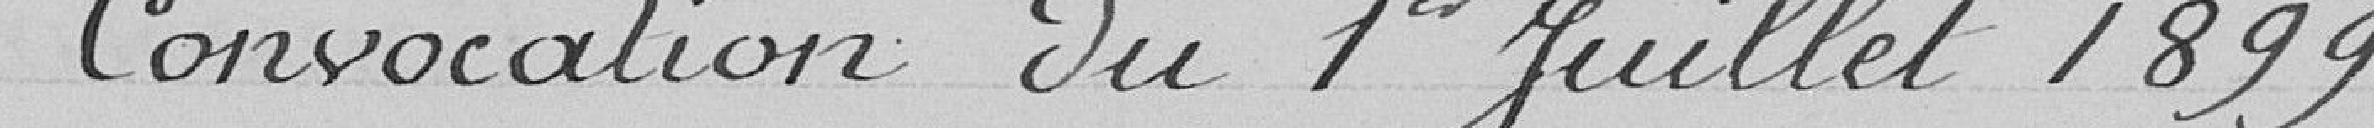
Convocation du 1er juillet 1899